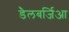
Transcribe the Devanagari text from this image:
डैलबर्जिआ